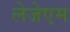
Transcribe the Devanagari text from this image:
लेजेएम